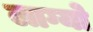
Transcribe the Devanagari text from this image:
लाग्यो